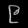
Digit: ၉